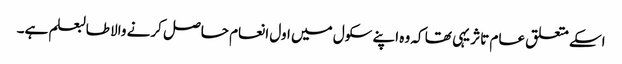
اسکے متعلق عام تاثر یہی تھا کہ وہ اپنے سکول میں اول انعام حاصل کرنے والا طالبعلم ہے۔